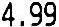
4.99